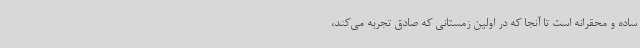
ساده و محقرانه است تا آنجا که در اولین زمستانی که صادق تجربه می‌کند،